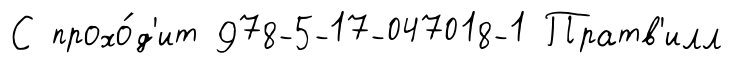
С прохо́д'ит 978-5-17-047018-1 Пратв'илл